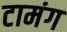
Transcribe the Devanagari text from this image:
टामंग